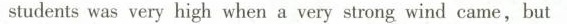
students was very high when a very strong wind came,but